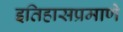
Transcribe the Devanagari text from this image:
इतिहासप्रमाणे